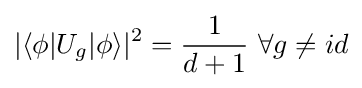
|\langle \phi |U_{g}|\phi \rangle |^{2}={\frac {1}{d+1}}\ \forall g\neq id